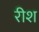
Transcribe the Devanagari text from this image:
रीश